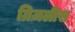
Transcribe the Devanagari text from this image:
ग्रिज़लीस